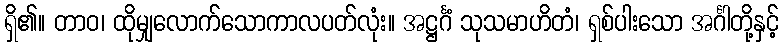
ရှိ၏။ တာဝ၊ ထိုမျှလောက်သောကာလပတ်လုံး။ အဋ္ဌင်္ဂံ သုသမာဟိတံ၊ ရှစ်ပါးသော အင်္ဂါတို့နှင့်